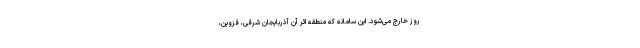
روز خارج می‌شود. این سامانه که منطقه اثر آن آذربایجان شرقی، قزوین،